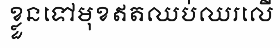
ខ្លួនទៅមុខឥតឈប់ឈរលើ